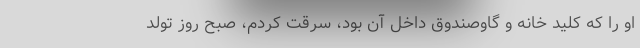
او را که کلید خانه و گاوصندوق داخل آن بود، سرقت کردم، صبح روز تولد